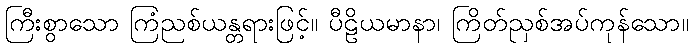
ကြီးစွာသော ကြံညစ်ယန္တရားဖြင့်။ ပီဠိယမာနာ၊ ကြိတ်ညှစ်အပ်ကုန်သော။